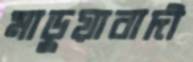
মাড়ুয়াবাদী